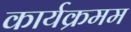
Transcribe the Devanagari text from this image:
कार्यक्रमम